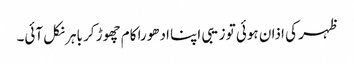
ظہر کی اذان ہوئی تو زیبی اپنا ادھورا کام چھوڑ کر باہر نکل آئی۔